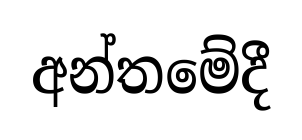
අන්තමේදී